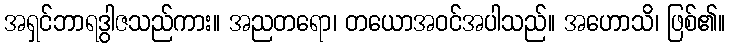
အရှင်ဘာရဒွါဇသည်ကား။ အညတရော၊ တယောအဝင်အပါသည်။ အဟောသိ၊ ဖြစ်၏။